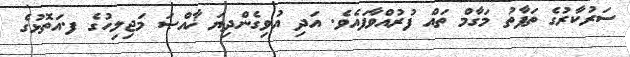
ސަރުކާރުގެ ތަފާތު މަގާމް ތައް ފުރުއްވާފައެވެ. އަދި އުވިގެންދިޔަ ޚާއްޞަ މަޖިލިހުގެ ފ.އަތޮޅުގެ